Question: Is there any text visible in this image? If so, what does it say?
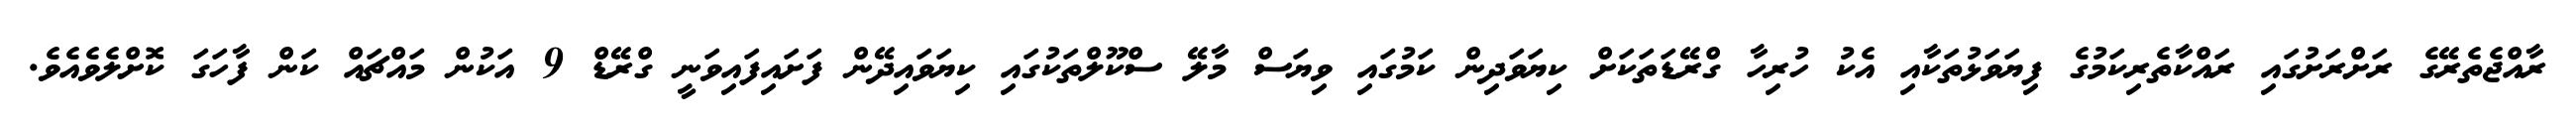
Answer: ރާއްޖެތެރޭގެ ރަށްރަށުގައި ރައްކާތެރިކަމުގެ ފިޔަވަޅުތަކާއި އެކު ހުރިހާ ގްރޭޑަތަކަށް ކިޔަވަދިން ކަމުގައި ވިޔަސް މާލޭ ސްކޫލްތަކުގައި ކިޔަވައިދޭން ފަށައިފައިވަނީ ގްރޭޑް 9 އަކުން މައްޗައް ކަން ފާހަގަ ކޮށްލެވެއެވެ.